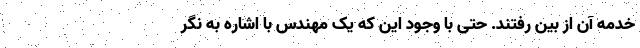
خدمه آن از بین رفتند. حتی با وجود این که یک مهندس با اشاره به نگر